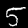
Digit: 5